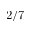
2 / 7